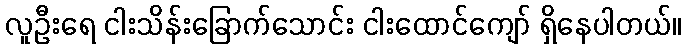
လူဦးရေ ငါးသိန်းခြောက်သောင်း ငါးထောင်ကျော် ရှိနေပါတယ်။